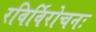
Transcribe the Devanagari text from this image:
रविर्विरोचनः